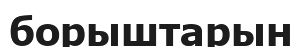
борыштарын